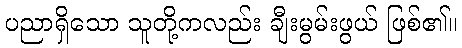
ပညာရှိသော သူတို့ကလည်း ချီးမွမ်းဖွယ် ဖြစ်၏။